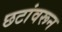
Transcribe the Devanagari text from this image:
छटांवरून